Vaccine operations Central Provinces & Berar 1922-1929 - 1922-1929
Year: 1922
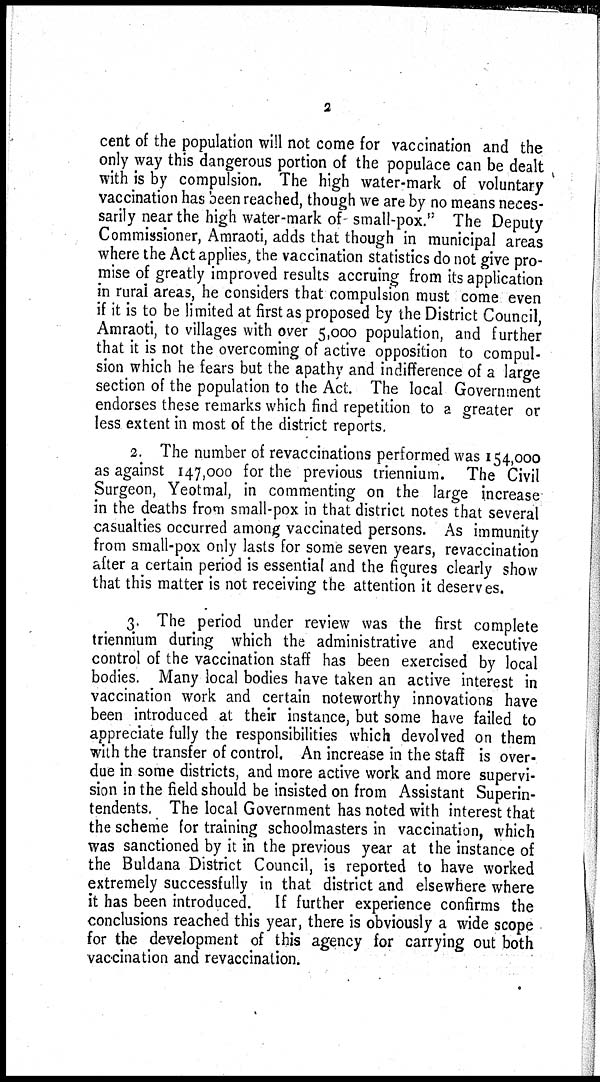
2
cent of the population will not come for vaccination and the
only way this dangerous portion of the populace can be dealt
with is by compulsion. The high water-mark of voluntary
vaccination has been reached, though we are by no means neces-
sarily near the high water-mark of small-pox." The Deputy
Commissioner, Amraoti, adds that though in municipal areas
where the Act applies, the vaccination statistics do not give pro-
mise of greatly improved results accruing from its application
in rural areas, he considers that compulsion must come even
if it is to be limited at first as proposed by the District Council,
Amraoti, to villages with over 5,000 population, and further
that it is not the overcoming of active opposition to compul-
sion which he fears but the apathy and indifference of a large
section of the population to the Act. The local Government
endorses these remarks which find repetition to a greater or
less extent in most of the district reports.
2. The number of revaccinations performed was 154,000
as against 147,000 for the previous triennium. The Civil
Surgeon, Yeotmal, in commenting on the large increase
in the deaths from small-pox in that district notes that several
casualties occurred among vaccinated persons. As immunity
from small-pox only lasts for some seven years, revaccination
after a certain period is essential and the figures clearly show
that this matter is not receiving the attention it deserves.
3. The period under review was the first complete
triennium during which the administrative and executive
control of the vaccination staff has been exercised by local
bodies. Many local bodies have taken an active interest in
vaccination work and certain noteworthy innovations have
been introduced at their instance, but some have failed to
appreciate fully the responsibilities which devolved on them
with the transfer of control. An increase in the staff is over-
due in some districts, and more active work and more supervi-
sion in the field should be insisted on from Assistant Superin-
tendents. The local Government has noted with interest that
the scheme for training schoolmasters in vaccination, which
was sanctioned by it in the previous year at the instance of
the Buldana District Council, is reported to have worked
extremely successfully in that district and elsewhere where
it has been introduced. If further experience confirms the
conclusions reached this year, there is obviously a wide scope
for the development of this agency for carrying out both
vaccination and revaccination.